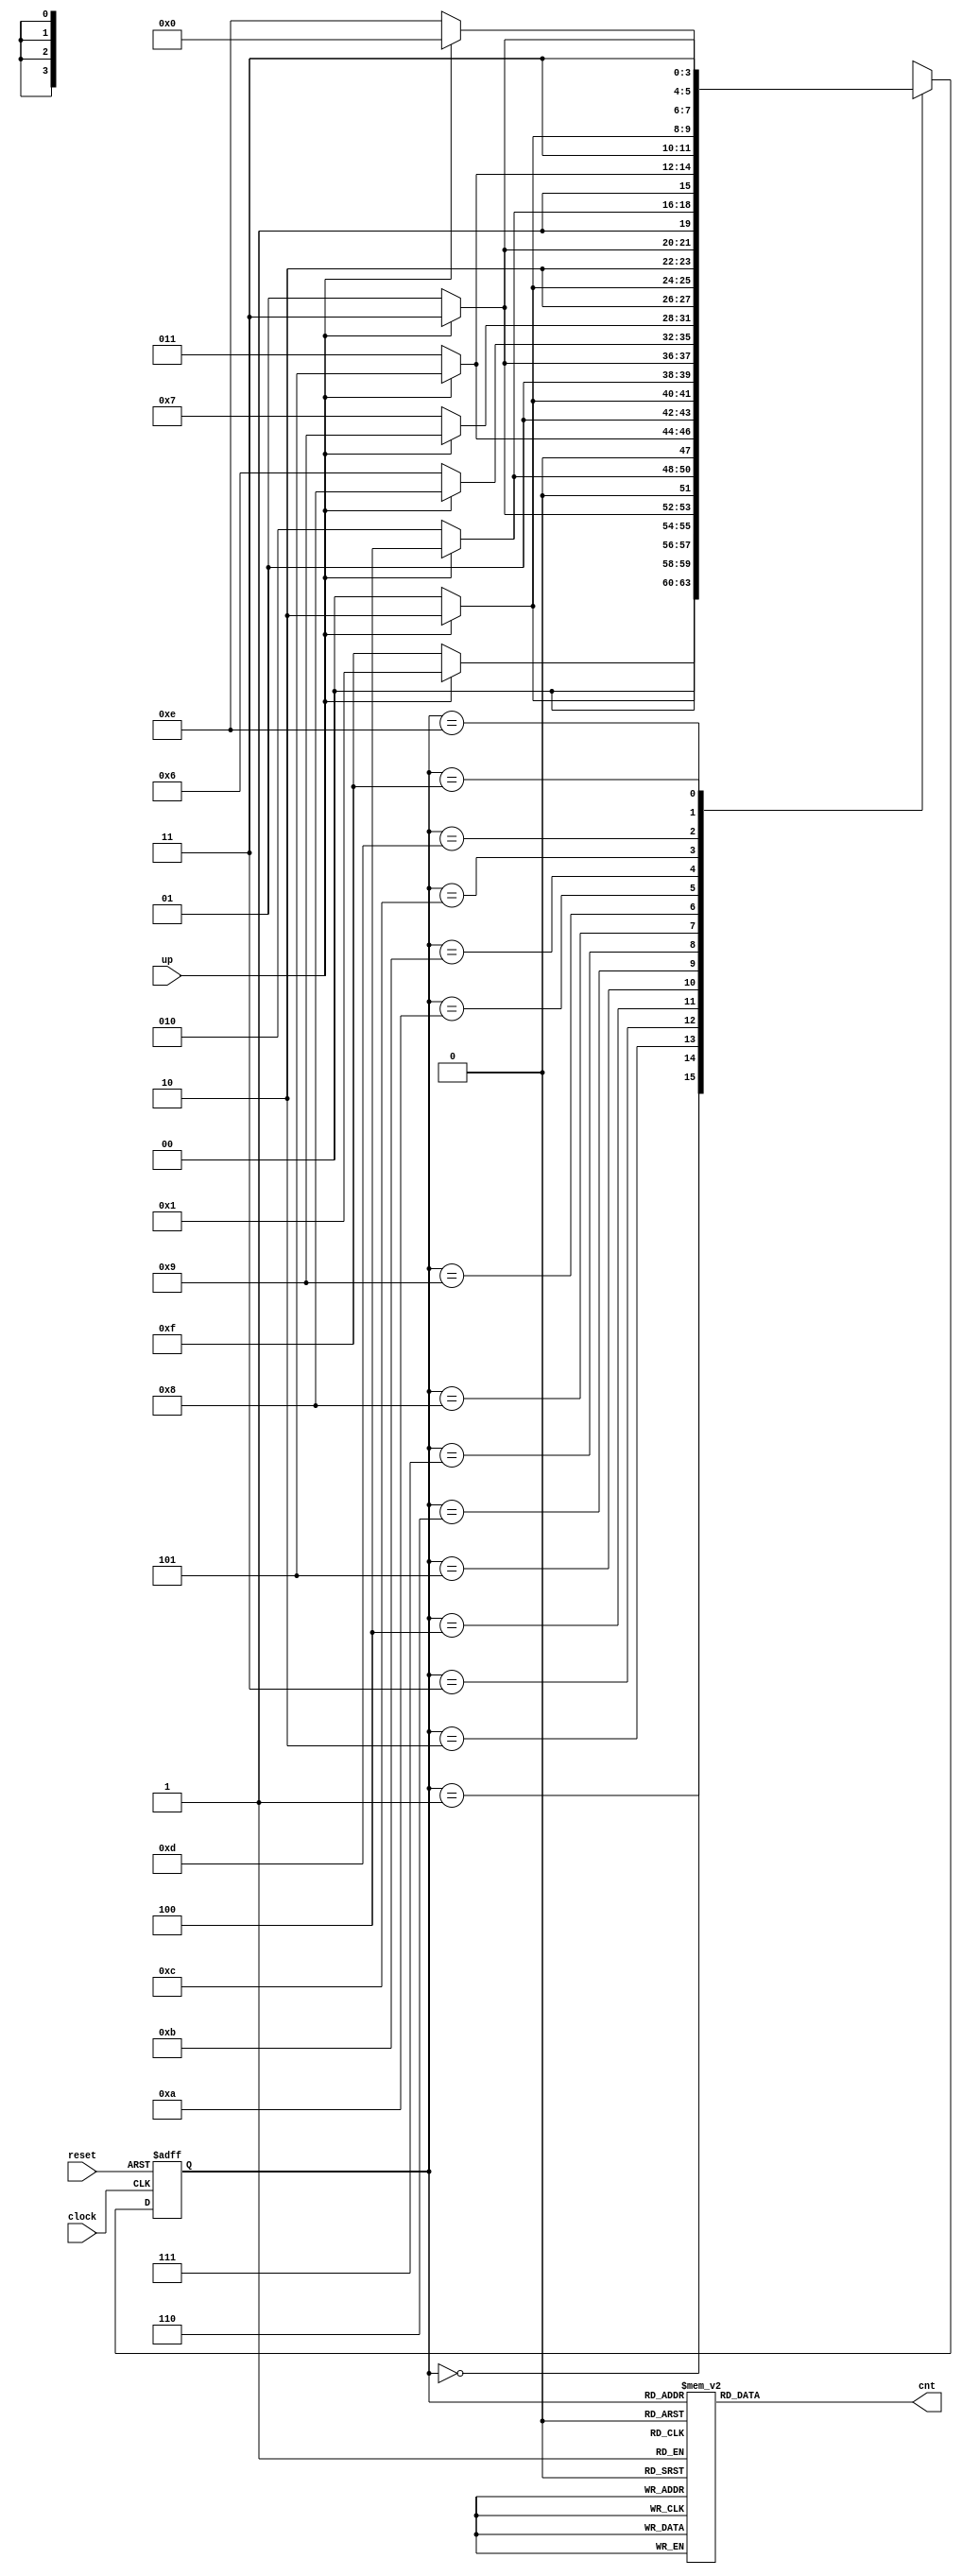
`timescale 1ns / 1ps

//`include "tb_counter4ud.v"


module  counter4_updown (      // counter4_updown = 4 Bit Up and Down Counter in Verilog
	
				output reg [3:0] cnt,
				input wire clock, reset, up );             // stage 1: Declaration of state variables and state encoding. *Declaring the states*

	reg [3:0] current_state, next_state;
	parameter 	c0 = 4'b0000, 
				c1 = 4'b0001, 
				c2 = 4'b0010, 
				c3 = 4'b0011,

				c4 = 4'b0100, 
				c5 = 4'b0101, 
				c6 = 4'b0110, 
				c7 = 4'b0111,

				c8  = 4'b1000, 
				c9  = 4'b1001, 
				c10 = 4'b1010, 
				c11 = 4'b1011,
				
				c12 = 4'b1100, 
				c13 = 4'b1101, 
				c14 = 4'b1110, 
				c15 = 4'b1111;                // stage 1: Declaration of state variables and state encoding. *Declaring the states*


	always @ ( posedge clock or negedge reset )
		begin : state_memory

			if (!reset)
				current_state <= c0;
			else
				current_state <= next_state;

		end // state_memory              Stage 2: *state memory block*. Sequential logic so non blocking assignments and assignments to the current_state


	always @ ( current_state or up )
		begin : next_state_logic

			case (current_state)

				c0	:	if (up ==1'b1)
								next_state = c1;
						else
								next_state = c15;

				c1	:	if (up ==1'b1)
								next_state = c2;
						else
								next_state = c0;

				c2	:	if (up ==1'b1)
								next_state = c3;
						else
								next_state = c1;

				c3	:	if (up ==1'b1)
								next_state = c4;
						else
								next_state = c2;

				c4	:	if (up ==1'b1)
								next_state = c5;
						else
								next_state = c3;

				c5	:	if (up ==1'b1)
								next_state = c6;
						else
								next_state = c4;

				c6	:	if (up ==1'b1)
								next_state = c7;
						else
								next_state = c5;

				c7	:	if (up ==1'b1)
								next_state = c8;
						else
								next_state = c6;

				c8	:	if (up ==1'b1)
								next_state = c9;
						else
								next_state = c7;

				c9	:	if (up ==1'b1)
								next_state = c10;
						else
								next_state = c8;

				c10	:	if (up ==1'b1)
								next_state = c11;
						else
								next_state = c9;

				c11	:	if (up ==1'b1)
								next_state = c12;
						else
								next_state = c10;

				c12	:	if (up ==1'b1)
								next_state = c13;
						else
								next_state = c11;

				c13	:	if (up ==1'b1)
								next_state = c14;
						else
								next_state = c12;

				c14	:	if (up ==1'b1)
								next_state = c15;
						else
								next_state = c13;

				c15	:	if (up ==1'b1)
								next_state = c0;
						else
								next_state = c14;

				default : next_state = c0;

			endcase
		end   // current_state        Stage 3: *Next State Logic Block*. Combinational logic so blocking assignments and assignments to the next_state


		always @ (current_state)   // sensitivity list = current_state ---- Moore Machine
			begin : output_logic

				case (current_state)

					c0 : cnt = 4'b0000; 
					c1 : cnt = 4'b0001; 
					c2 : cnt = 4'b0010;
					c3 : cnt = 4'b0011;

					c4 : cnt = 4'b0100;
					c5 : cnt = 4'b0101;
					c6 : cnt = 4'b0110;
					c7 : cnt = 4'b0111;

					c8  : cnt = 4'b1000;
					c9  : cnt = 4'b1001;
					c10 : cnt = 4'b1010;
					c11 : cnt = 4'b1011;
				
					c12 : cnt = 4'b1100;
					c13 : cnt = 4'b1101;
					c14 : cnt = 4'b1110;
					c15 : cnt = 4'b1111;
	

					default : cnt = 4'b0000;

				endcase
			end // output_logic  Stage 4: *Output Logic block*,  Combinational logic so blocking assignments
			   // moore machine,  assignments to c0, c1, c2, c3, c4, c5, c6, c7, c8, c9, c10, c11, c12, c13, c14, c15

endmodule // counter4_updown



// now you can scale up this design up to 8 bit/ 16 bit/ 32 bit/ 64 bit.............




// This FSM Design is tested successfully.